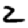
Digit: 2